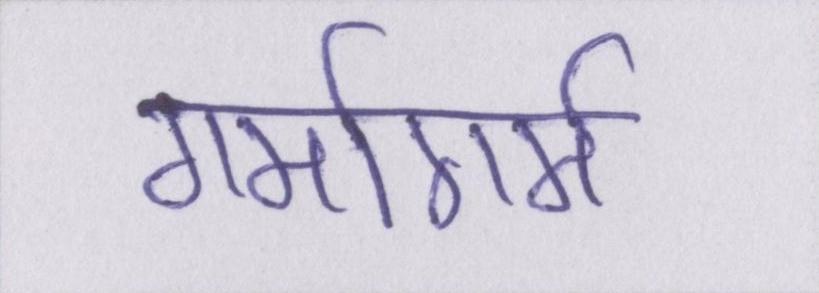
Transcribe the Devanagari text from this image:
गर्मागर्म